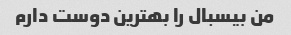
من بیسبال را بهترین دوست دارم